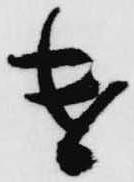
遣